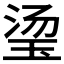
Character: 𬍡